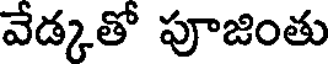
వేడ్కతో పూజింతు